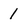
Character: 1